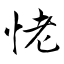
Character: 恅